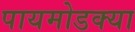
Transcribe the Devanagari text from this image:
पायमोडक्या